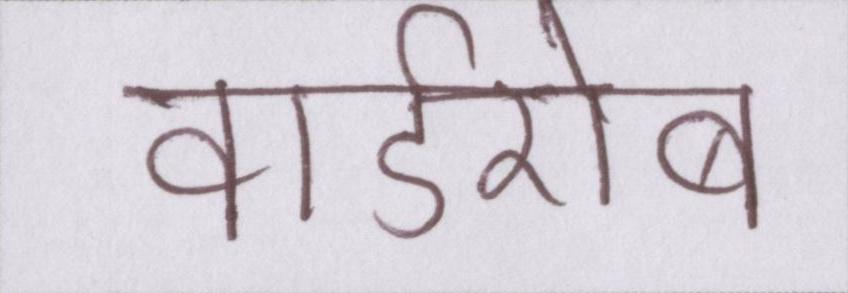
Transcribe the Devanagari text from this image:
वार्डरोब